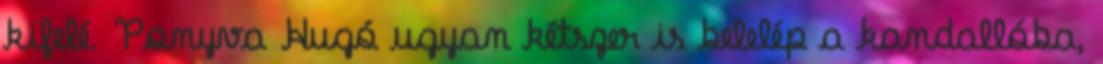
kifelé. Ponyva Hugó ugyan kétszer is belelép a kandallóba,